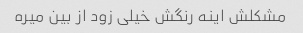
مشکلش اینه رنگش خیلی زود از بین میره